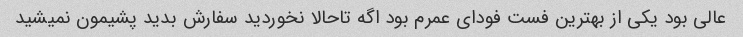
عالی بود یکی از بهترین فست فودای عمرم بود اگه تاحالا نخوردید سفارش بدید پشیمون نمیشید